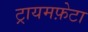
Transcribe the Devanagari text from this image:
ट्रायमफ़ेटा